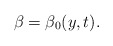
\begin{align*}\beta=\beta_{0}(y,t). \end{align*}